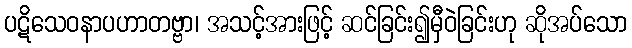
ပဋိသေဝနာပဟာတဗ္ဗာ၊ အသင့်အားဖြင့် ဆင်ခြင်း၍မှီဝဲခြင်းဟု ဆိုအပ်သော